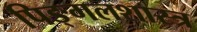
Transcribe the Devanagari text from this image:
पिङ्गलशास्त्र